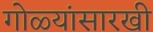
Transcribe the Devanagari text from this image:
गोळ्यांसारखी